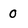
Character: 0